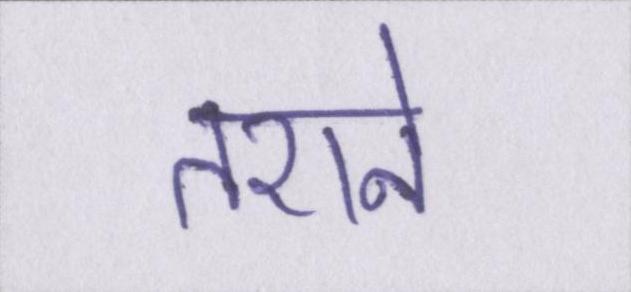
तराने